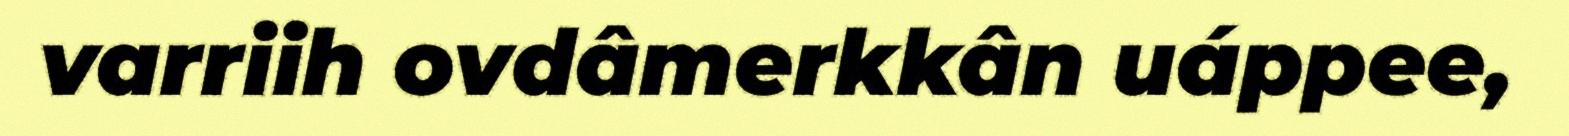
varriih ovdâmerkkân uáppee,